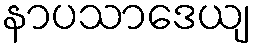
နာပသာဒေယျ